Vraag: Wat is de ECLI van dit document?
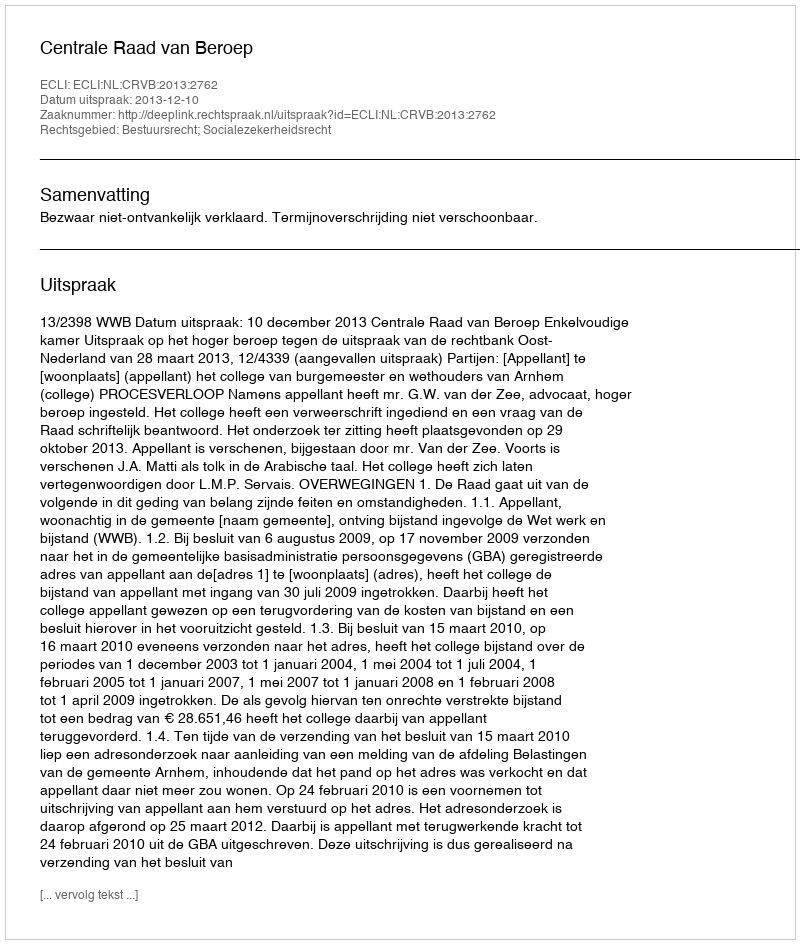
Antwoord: ECLI:NL:CRVB:2013:2762